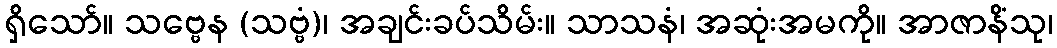
ရှိသော်။ သဗ္ဗေန (သဗ္ဗံ)၊ အချင်းခပ်သိမ်း။ သာသနံ၊ အဆုံးအမကို။ အာဇာနိံသု၊